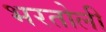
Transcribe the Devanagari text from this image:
भरतोली